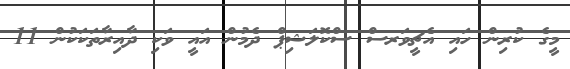
މީގެ ކުރިން ހައި އެޗީވަރސް ސްކޮލަޝިޕް ދެމުން އައީ ވަކި ދާއިރާތަކަކުން 11